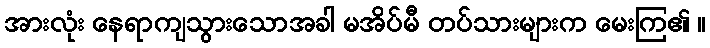
အားလုံး နေရာကျသွားသောအခါ မအိပ်မီ တပ်သားများက မေးကြ၏ ။